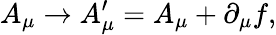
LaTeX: A_{\mu}\rightarrow A_{\mu}^{\prime}=A_{\mu}+\partial_{\mu}f,